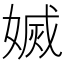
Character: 𡟬